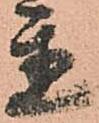
置